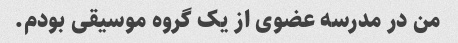
من در مدرسه عضوی از یک گروه موسیقی بودم.